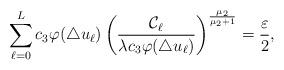
LaTeX: \begin{align*}\sum_{\ell = 0}^L c_3 \varphi(\triangle u_\ell) \left(\frac{\mathcal C_\ell}{\lambda c_3\varphi(\triangle u_\ell)}\right)^{\frac{\mu_2}{\mu_2+1}} = \frac{\varepsilon}{2},\end{align*}